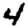
Digit: 4